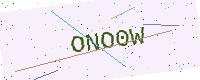
Text: ONO0W